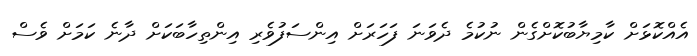
އެއްކޮޅަށް ކާމިޔާބުކޮށްގެން ނުކުމެ ދެވަނަ ފަހަރަށް އިންސަފުވެރި އިންތިހާބަކަށް ދާނެ ކަމަށް ވެސް